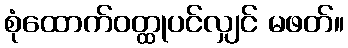
စုံထောက်ဝတ္ထုပင်လျှင် မဖတ်။